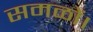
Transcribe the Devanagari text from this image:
समळों।